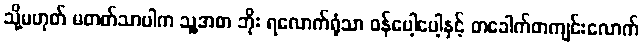
သို့မဟုတ် မတတ်သာပါက သူ့အစာ ဘိုး ရလောက်ရုံသာ ဝန်ပေါ့ပေါ့နှင့် တခေါက်တကျင်းလောက်